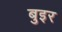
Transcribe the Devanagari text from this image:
बुइर